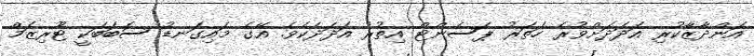
އަންދާޒާކުރި އަދަދަށްވުރެ ހަތަރު ޕަސެންޓް އިތުރު އަދަދެކެވެ. އޭގެ މައިގަނޑު ސަބަބަކީ ޓޫރިޒަމް